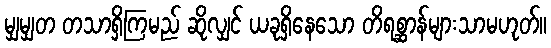
မျှမျှတ တသာရှိကြမည် ဆိုလျှင် ယခုရှိနေသော တိရစ္ဆာန်များသာမဟုတ်။